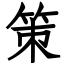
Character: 策